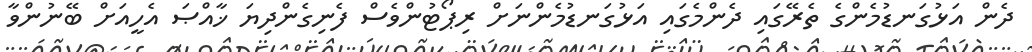
ދެން އަޅުގަނޑުމެންގެ ތެރޭގައި ދެންމެގައި އަޅުގަނޑުމެންނަށް ރިޕޯޓުންވެސް ފެނިގެންދިޔަ ޚާއްޞަ އެހީއަށް ބޭނުންވާ